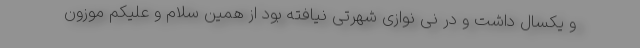
و یکسال داشت و در نی نوازی شهرتی نیافته بود از همین سلام و علیکم موزون